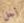
أجل